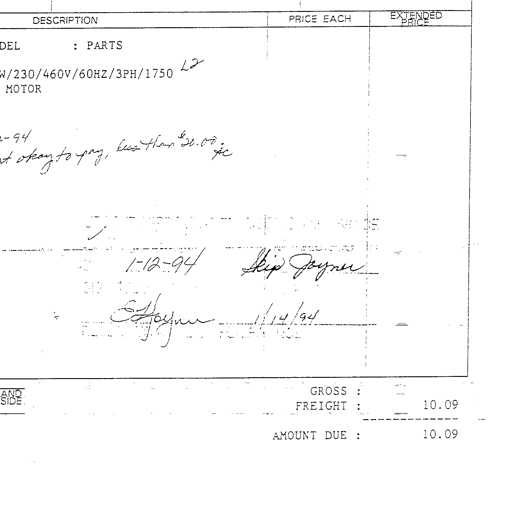
DESCRIPTION PRICE EACH EXTENDED PRICE
DEL : PARTS
W/230/460V/60HZ/3PH/1750 L2
MOTOR
2-94
okay to pay, less than $20.00 JC
1-12-94 Skip Joyner
S. Joyner 1/14/94
GROSS :
FREIGHT : 10.09
AMOUNT DUE : 10.09